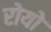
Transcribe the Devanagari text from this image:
रोयो